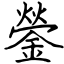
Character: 鎣